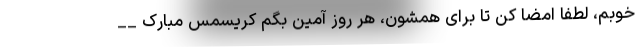
خوبم، لطفا امضا کن تا برای همشون، هر روز آمین بگم کریسمس مبارک __